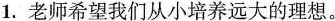
1.老师希望我们从小培养远大的理想。